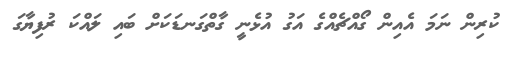
ކުރިން ނަމަ އެއިން ގޯއްޗެއްގެ އަގު އުޅެނީ ގާތްގަނޑަކަށް ބައި ލައްކަ ރުފިޔާގަ